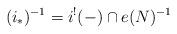
LaTeX: \begin{align*} (i_*)^{-1} = i^!(-) \cap e(N)^{-1} \end{align*}